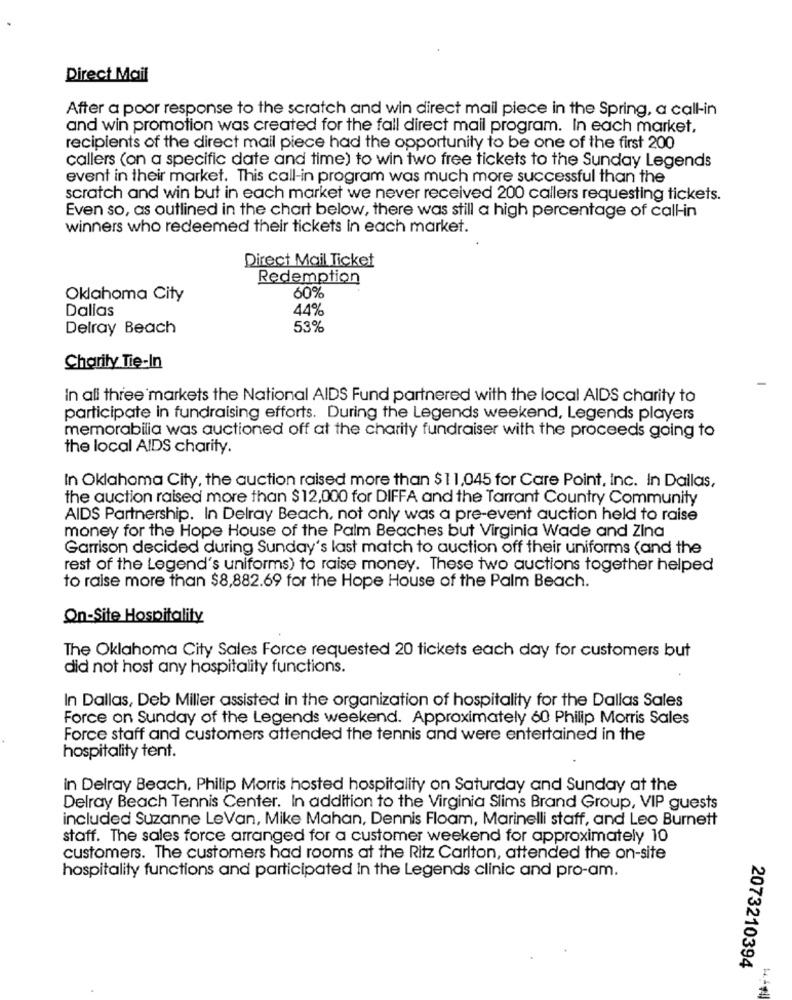
Direct Mail
After a poor response to the scratch and win direct mail piece in the Spring, a call-in
and win promotion was created for the fall direct mail program. In each market,
recipients of the direct mail piece had the opportunity to be one of the first 200
callers (on a specific date and time) to win two free tickets to the Sunday Legends
event in their market. This call-in program was much more successful than the
scratch and win but in each market we never received 200 callers requesting tickets.
Even so, as outlined in the chart below, there was still a high percentage of callin
winners who redeemed their tickets in each market.
Direct Mail Ticket
Redemption
Oklahoma City
60%
Dallas
44%
Delray Beach
53%
Charity Tie-In
In all three markets the National AIDS Fund partnered with the local AIDS charity to
participate in fundraising efforts. During the Legends weekend, Legends players
memorabilia was auctioned off at the charity fundraiser with the proceeds going to
the local AIDS charity.
In Oklahoma City, the auction raised more than $11,045 for Care Point, inc. In Dallas,
the auction raised more than $12,000 for DIFFA and the Tarrant Country Community
AIDS Partnership. In Delray Beach, not only was a pre-event auction held to raise
money for the Hope House of the Palm Beaches but Virginia Wade and Zina
Garrison decided during Sunday's last match to auction off their uniforms (and the
rest of the Legend's uniforms) to raise money. These two auctions together helped
to raise more than $8,882.69 for the Hope House of the Palm Beach.
On-Site Hospitality
The Oklahoma City Sales Force requested 20 tickets each day for customers but
did not host any hospitality functions.
In Dallas, Deb Miller assisted in the organization of hospitality for the Dallas Sales
Force on Sunday of the Legends weekend. Approximately 60 Philip Morris Sales
Force staff and customers attended the tennis and were entertained in the
hospitality tent.
in Delray Beach, Philip Morris hosted hospitality on Saturday and Sunday at the
Delray Beach Tennis Center. In addition to the Virginia Slims Brand Group, VIP guests
included Suzanne LeVan, Mike Mahan, Dennis Floam, Marinelli staff, and Leo Burnett
staff. The sales force arranged for a customer weekend for approximately 10
customers. The customers had rooms at the Ritz Carlton, attended the on-site
hospitality functions and participated in the Legends clinic and pro-am.
2073210394